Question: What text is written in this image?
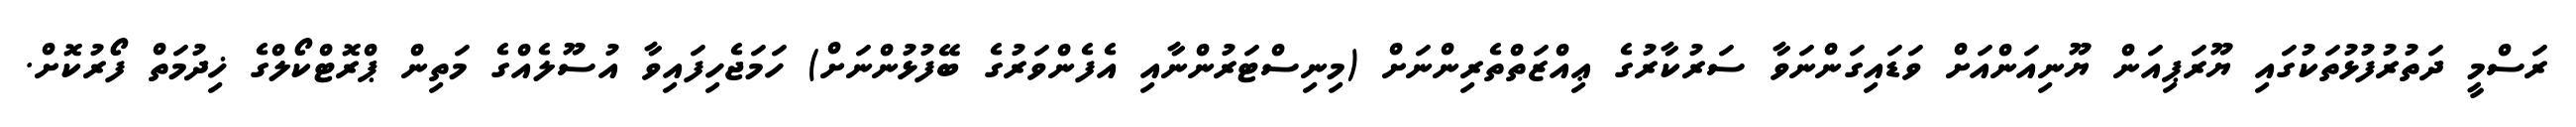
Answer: ރަސްމީ ދަތުރުފުޅުތަކުގައި ޔޫރަޕިއަން ޔޫނިއަންއަށް ވަޑައިގަންނަވާ ސަރުކާރުގެ ޢިއްޒަތްތެރިންނަށް (މިނިސްޓަރުންނާއި އެފެންވަރުގެ ބޭފުޅުންނަށް) ހަމަޖެހިފައިވާ އުސޫލެއްގެ މަތިން ޕްރޮޓްކޯލްގެ ޚިދުމަތް ފޯރުކޮށް.